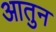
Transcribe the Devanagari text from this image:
आतुन